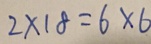
2 \times 1 8 = 6 \times 6